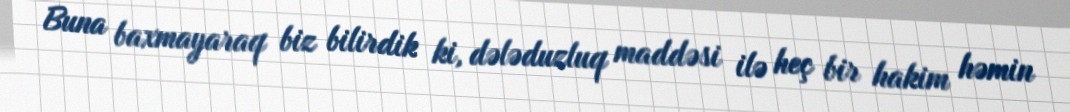
Buna baxmayaraq biz bilirdik ki, dələduzluq maddəsi ilə heç bir hakim həmin